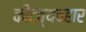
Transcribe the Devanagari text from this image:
कीटव्यवहार